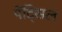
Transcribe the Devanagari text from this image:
पेंट्सिल